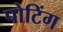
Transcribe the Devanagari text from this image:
पोटिंग